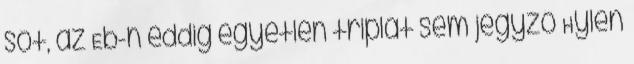
sőt, az Eb-n eddig egyetlen triplát sem jegyző Hylen